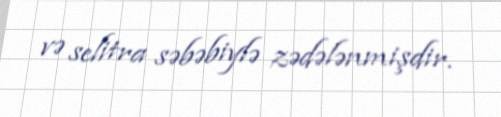
və selitra səbəbiylə zədələnmişdir.